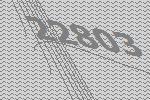
22803